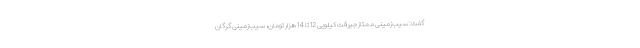
گفت: سیب‌زمینی ممتاز جیرفت کیلویی 12 تا 14 هزار تومان، سیب‌زمینی گرگان